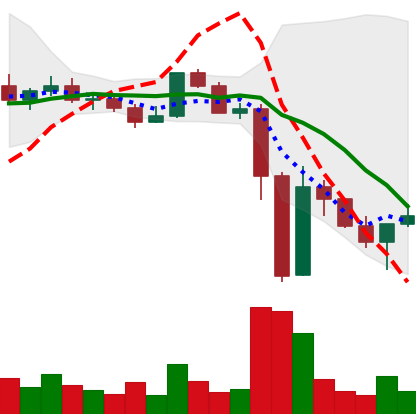
Ticker: XLM-USD
Chart end date: 2022-11-15
Forward return: -6.319%
Label: down_5_7